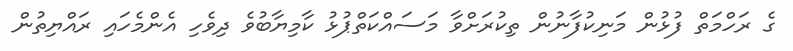
ގެ ރަހްމަތް ފުޅުން މަނިކުފާނުން ތިކުރަށްވާ މަސައްކަތްޕުޅު ކާމިޔާބުވެ ދިވެހި އެންމެހައި ރައްޔިތުން